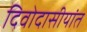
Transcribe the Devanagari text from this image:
दिवोदासीयांत